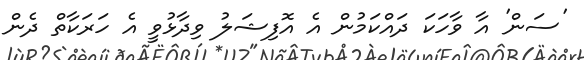
'ސަން' އާ ވާހަކަ ދައްކަމުން އެ އޮފިޝަލު ވިދާޅުވީ އެ ހަރަކާތް ދެން